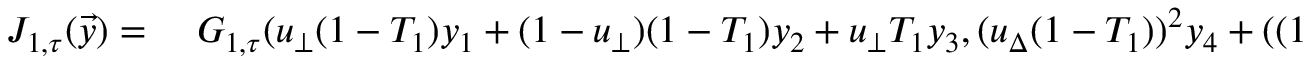
\begin{array} { r l } { J _ { 1 , \tau } ( \vec { y } ) = \ } & { { } G _ { 1 , \tau } ( u _ { \bot } ( 1 - T _ { 1 } ) y _ { 1 } + ( 1 - u _ { \bot } ) ( 1 - T _ { 1 } ) y _ { 2 } + u _ { \bot } T _ { 1 } y _ { 3 } , ( u _ { \Delta } ( 1 - T _ { 1 } ) ) ^ { 2 } y _ { 4 } + ( ( 1 - u _ { \Delta } ) ( 1 - T _ { 1 } ) ) ^ { 2 } y _ { 5 } + ( u _ { \Delta } T _ { 1 } ) ^ { 2 } y _ { 6 } } \end{array}